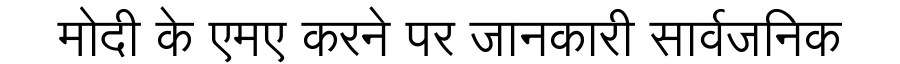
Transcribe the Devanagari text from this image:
मोदी के एमए करने पर जानकारी सार्वजनिक